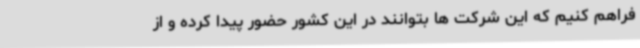
فراهم کنیم که این شرکت ها بتوانند در این کشور حضور پیدا کرده و از